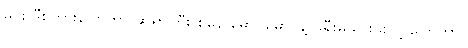
မင်း ဒီစကားပြောတာ ဆရာကြီး စနေ မောင်မောင်နဲ့ ခရီးမသွားဖူးလို့ ပြောတာ။